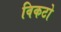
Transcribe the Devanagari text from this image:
विकटो